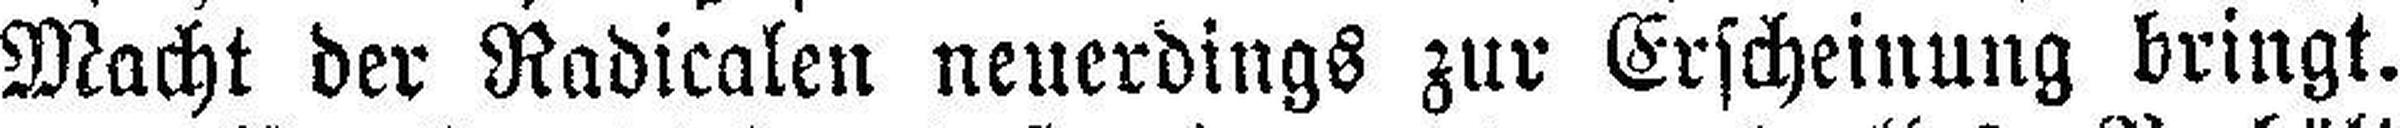
Macht der Radicalen neuerdings zur Erscheinung bringt.